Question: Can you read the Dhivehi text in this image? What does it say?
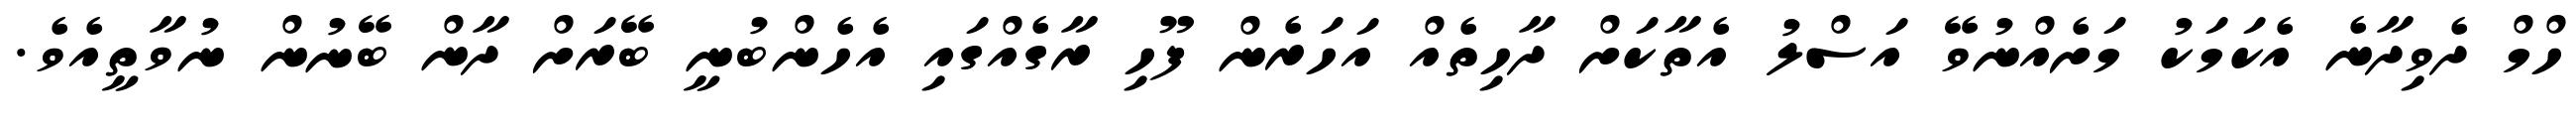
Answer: ހްމް ދެވިދާނެ އެކަމަކު މަށެއްނުވޭ އަސްލު އެތާކަށް ދާހިތެއް އަހަރެން ފޫހި ރާގެއްގައި އެހެންބުނީ ބޭރަށް ދާން ބޭނުން ނުވާތީއެވެ.